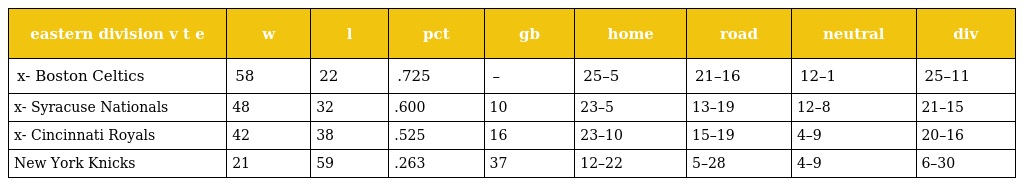
| eastern division v t e | w | l | pct | gb | home | road | neutral | div |
 | --- | --- | --- | --- | --- | --- | --- | --- | --- |
 | x- Boston Celtics | 58 | 22 | .725 | – | 25–5 | 21–16 | 12–1 | 25–11 |
 | x- Syracuse Nationals | 48 | 32 | .600 | 10 | 23–5 | 13–19 | 12–8 | 21–15 |
 | x- Cincinnati Royals | 42 | 38 | .525 | 16 | 23–10 | 15–19 | 4–9 | 20–16 |
 | New York Knicks | 21 | 59 | .263 | 37 | 12–22 | 5–28 | 4–9 | 6–30 |